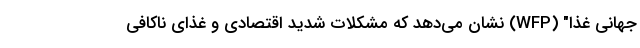
جهانی غذا" (WFP) نشان می‌دهد که مشکلات شدید اقتصادی و غذای ناکافی